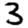
Digit: 3